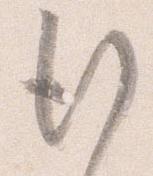
行